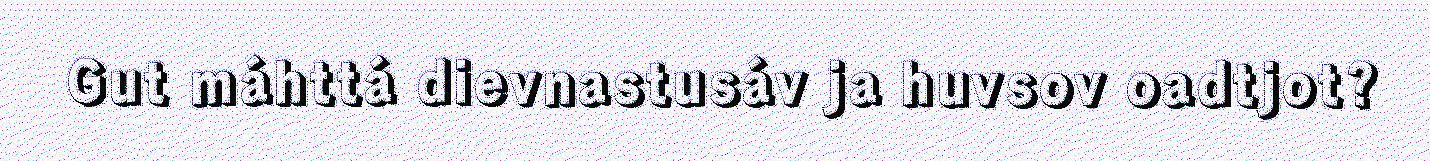
Gut máhttá dievnastusáv ja huvsov oadtjot?